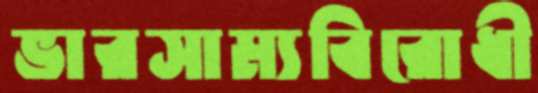
ভারসাম্যবিরোধী